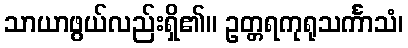
သာယာဖွယ်လည်းရှိ၏။ ဥတ္တရကုရုသင်္ကာသံ၊